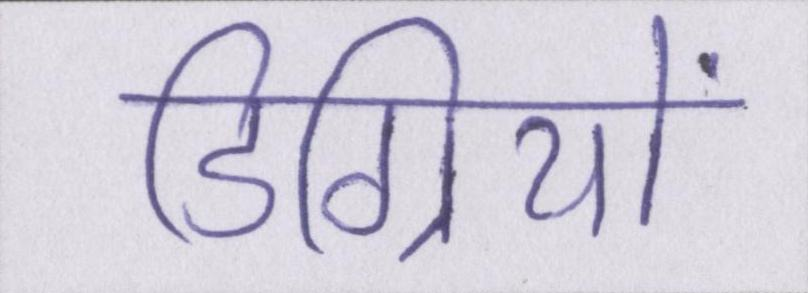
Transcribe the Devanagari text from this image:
डिग्रियों